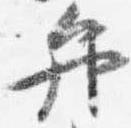
弁